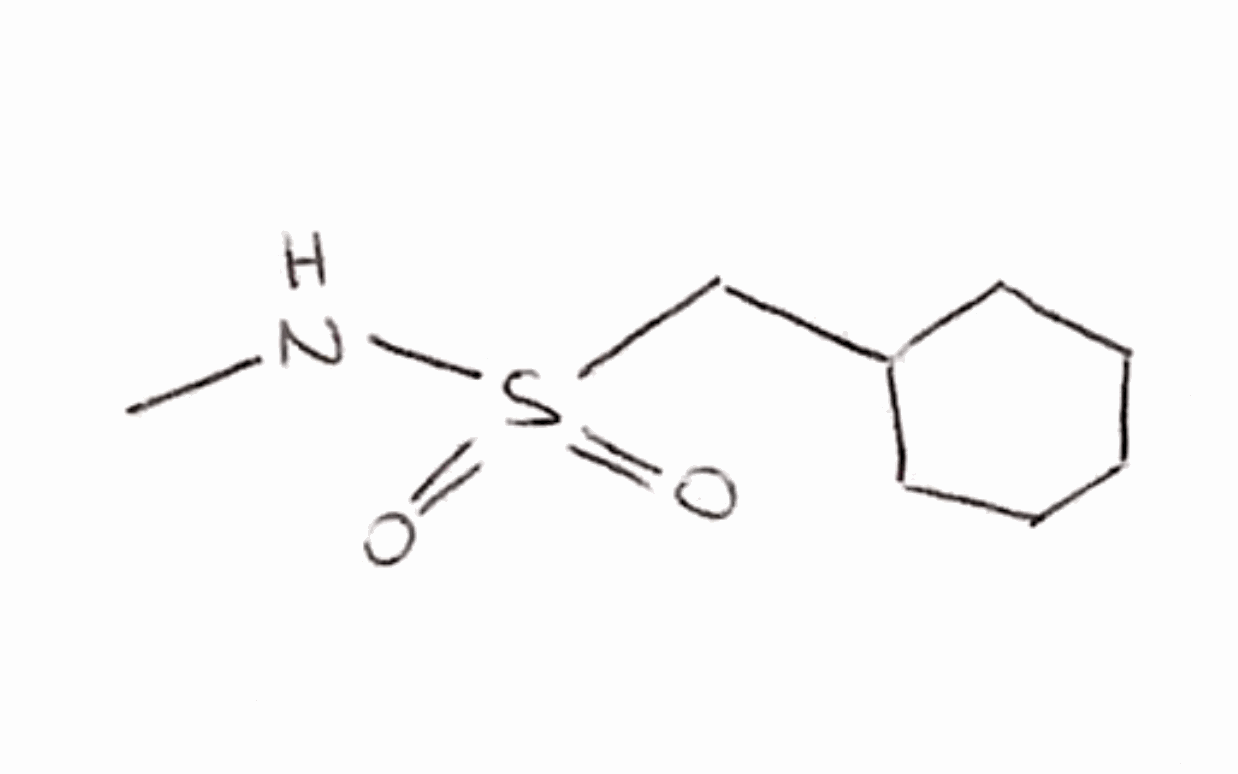
Simplified molecular-input line-entry system (SMILES) notation of the given molecule:
CNS(=O)(=O)CC1CCCCC1